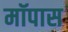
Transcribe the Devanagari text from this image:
मॉपास